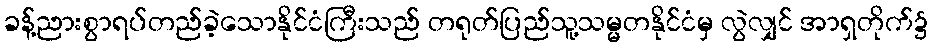
ခန့်ညားစွာရပ်တည်ခဲ့သောနိုင်ငံကြီးသည် တရုတ်ပြည်သူ့သမ္မတနိုင်ငံမှ လွဲလျှင် အာရှတိုက်၌